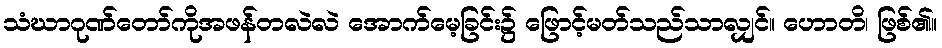
သံဃာဂုဏ်တော်ကိုအဖန်တလဲလဲ အောက်မေ့ခြင်း၌ ဖြောင့်မတ်သည်သာလျှင်။ ဟောတိ၊ ဖြစ်၏။